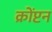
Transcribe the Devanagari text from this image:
क्रोंप्टन